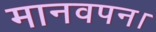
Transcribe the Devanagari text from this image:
मानवपन।